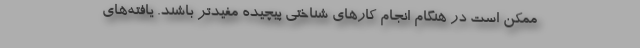
ممکن است در هنگام انجام کارهای شناختی پیچیده مفیدتر باشند. یافته‌های